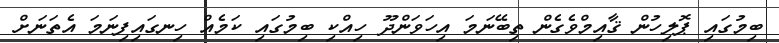
ބިމުގައި ޕޮލިހުން ޤާއިމްވެގެން ތިބޭނަމަ އިހަވަންދޫ ހިއްކި ބިމުގައި ކަމެއް ހިނގައިފިނަމަ އެތަނަށް